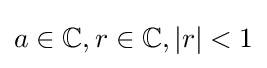
a\in \mathbb {C} ,r\in \mathbb {C} ,|r|<1